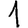
Digit: 1